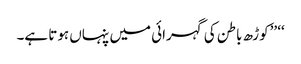
‘‘ ’’کوڑھ باطن کی گہرائی میں پنہاں ہوتا ہے۔